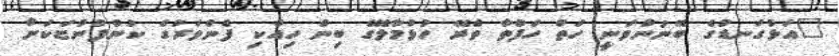
"އަޅުގަނޑުގެ ބޭނުންވަނީ ހަތް ހަފްތާ ތެރޭ ހުޅުމާލޭގެ ބިން ހިއްކި ފެންވަރުގެ ކުންފުންޏަކަށް